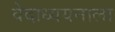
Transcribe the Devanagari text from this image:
वेदाध्ययनाला